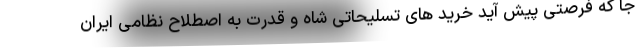
جا که فرصتی پیش آید خرید های تسلیحاتی شاه و قدرت به اصطلاح نظامی ایران